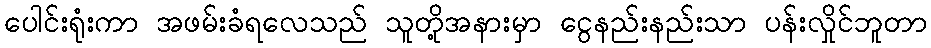
ပေါင်းရုံးကာ အဖမ်းခံရလေသည် သူတို့အနားမှာ ငွေနည်းနည်းသာ ပန်းလှိုင်ဘူတာ